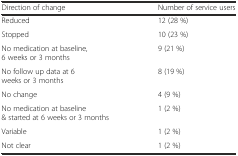
<table><thead><tr><td><b>Direction of change</b></td><td><b>Number of service users</b></td></tr></thead><tbody><tr><td>Reduced</td><td>12 (28 %)</td></tr><tr><td>Stopped</td><td>10 (23 %)</td></tr><tr><td>No medication at baseline, 6 weeks or 3 months</td><td>9 (21 %)</td></tr><tr><td>No follow up data at 6 weeks or 3 months</td><td>8 (19 %)</td></tr><tr><td>No change</td><td>4 (9 %)</td></tr><tr><td>No medication at baseline &amp; started at 6 weeks or 3 months</td><td>1 (2 %)</td></tr><tr><td>Variable</td><td>1 (2 %)</td></tr><tr><td>Not clear</td><td>1 (2 %)</td></tr></tbody></table>